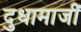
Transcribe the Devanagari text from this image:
दुधामाजीं